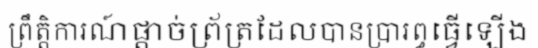
ព្រឹត្តិការណ៍ផ្តាច់ព្រ័ត្រដែលបានប្រារព្ធធ្វើឡើង